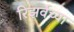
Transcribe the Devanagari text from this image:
रिझर्वच्या